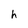
Character: h